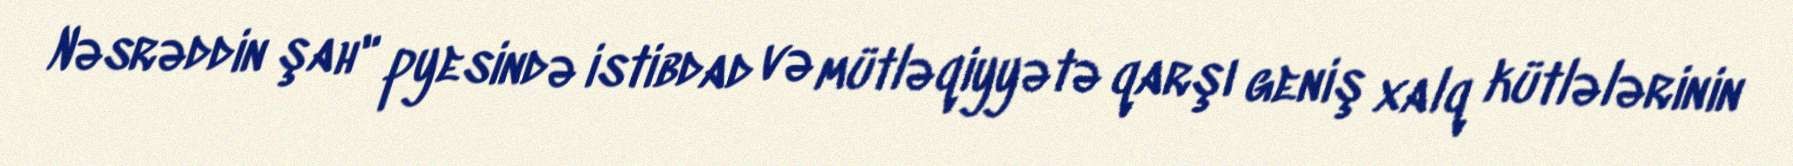
Nəsrəddin şah" pyesində istibdad və mütləqiyyətə qarşı geniş xalq kütlələrinin